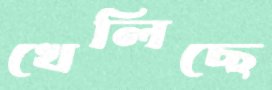
খেলিছে